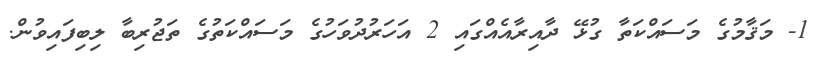
1- މަޤާމުގެ މަސައްކަތާ ގުޅޭ ދާއިރާއެއްގައި 2 އަހަރުދުވަހުގެ މަސައްކަތުގެ ތަޖުރިބާ ލިބިފައިވުން.